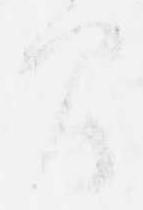
間